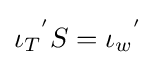
{\iota _{T}}^{'}S={\iota _{w}}^{'}